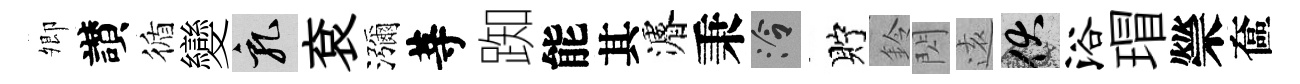
𡖖讃循變乳袞瀰䓁踟能其濬秉泠貯鈴閃逺伏浴瑁禜奩